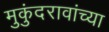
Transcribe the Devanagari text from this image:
मुकुंदरावांच्या